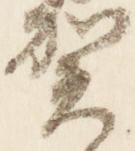
賀